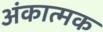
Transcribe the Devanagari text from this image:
अंकात्मक